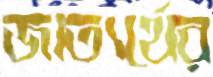
জাত্যর্থের